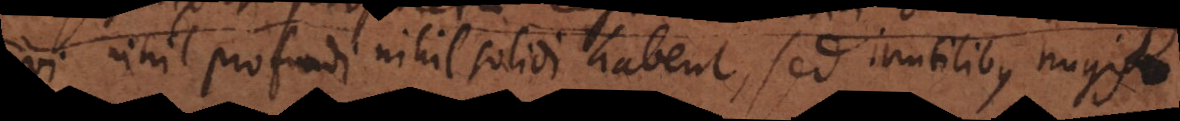
nihil profundi nihil solidi habent, sed inutilibus nugis